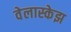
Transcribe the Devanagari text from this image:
वेलास्केझ